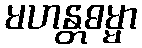
မဟန္တဓမ္မာ